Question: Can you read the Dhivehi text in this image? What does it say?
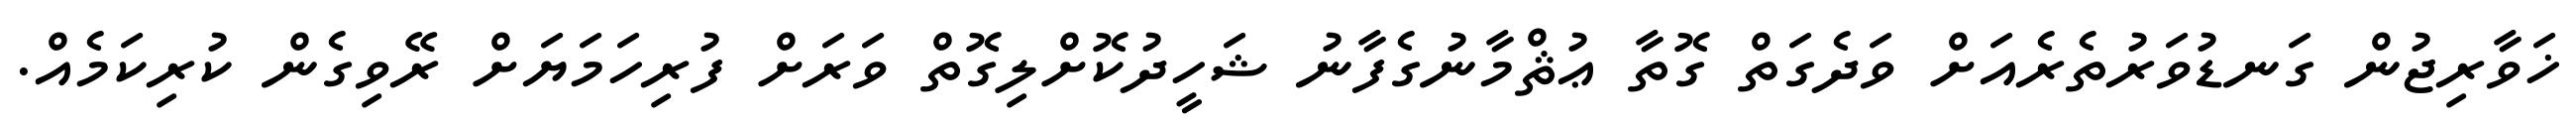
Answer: ޚަވާރިޖުން ގަނޑުވަރުތެރެއަށް ވަދެގަތް ގޮތާ ޢުޘްމާނުގެފާނު ޝަހީދުކޮށްލިގޮތް ވަރަށް ފުރިހަމަޔަށް ރޭވިގެން ކުރިކަމެއް.